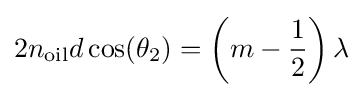
2n_{\rm {oil}}d\cos(\theta _{2})=\left(m-{\frac {1}{2}}\right)\lambda